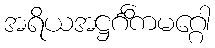
အရိယအဋ္ဌင်္ဂိကမဂ္ဂေါ